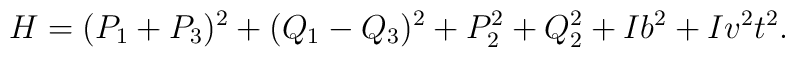
H=(P_1 +P_3)^2 +(Q_1- Q_3)^2 +P_{2}^{2}+Q_{2}^{2}+Ib^2 +Iv^2 t^2.